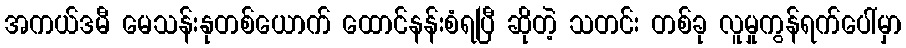
အကယ်ဒမီ မေသန်းနုတစ်ယောက် ထောင်နန်းစံရပြီ ဆိုတဲ့ သတင်း တစ်ခု လူမှုကွန်ရက်ပေါ်မှာ